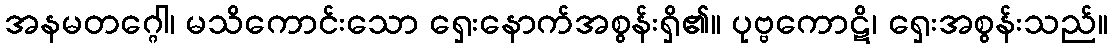
အနမတဂ္ဂေါ၊ မသိကောင်းသော ရှေးနောက်အစွန်းရှိ၏။ ပုဗ္ဗကောဋိ၊ ရှေးအစွန်းသည်။